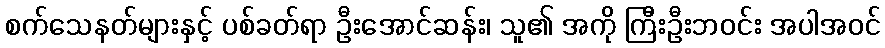
စက်သေနတ်များနှင့် ပစ်ခတ်ရာ ဦးအောင်ဆန်း၊ သူ၏ အကို ကြီးဦးဘဝင်း အပါအဝင်